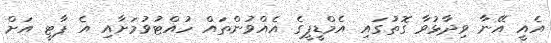
އެއީ އޭނާ ވިދާޅުވާ ގޮތުގައި އެމްޑީޕީގެ އެއްވުންތައް ހުއްޓުވުމަށާއި އެ ޕާޓީ އަށް